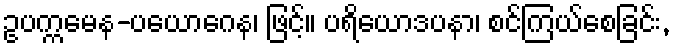
ဥပက္ကမေန-ပယောဂေန၊ ဖြင့်။ ပရိယောဒပနာ၊ စင်ကြယ်စေခြင်း,